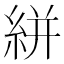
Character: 絣